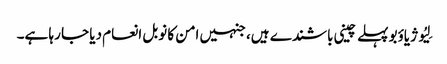
لِیُو ژیاؤبو پہلے چینی باشندے ہیں، جنہیں امن کا نوبل انعام دیا جا رہا ہے۔